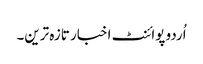
اُردو پوائنٹ اخبار تازہ ترین۔